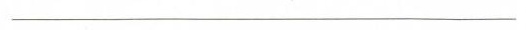
_______________________